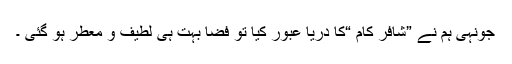
جونہی ہم نے ”شافر کام “کا دریا عبور کیا تو فضا بہت ہی لطیف و معطر ہو گئی ۔